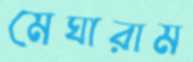
মেঘারাম